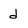
Character: d